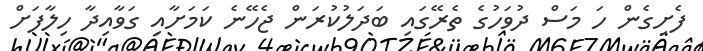
ފެށިގެން ހަ މަސް ދުވަހުގެ ތެރޭގައި ބަދަލުކުރަން ޖެހޭނެ ކަމަށާއި ގަވާއިދާ ހިލާފަށް